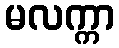
မလက္ကာ